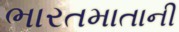
ભારતમાતાની